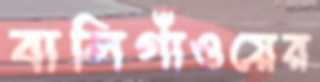
বালিগাঁওয়ের